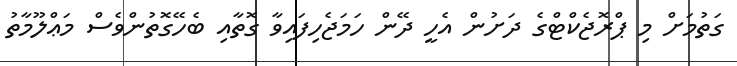
ގަތުމަށް މި ޕްރޮޖެކްޓްގެ ދަށުން އެހީ ދޭން ހަމަޖެހިފައިވާ ގޮތާއި ބެހޭގޮތުންވެސް މަޢްލޫމާތު